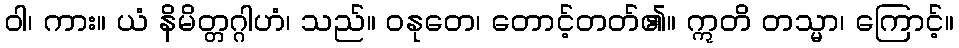
ဝါ၊ ကား။ ယံ နိမိတ္တဂ္ဂါဟံ၊ သည်။ ဝနုတေ၊ တောင့်တတ်၏။ ဣတိ တသ္မာ၊ ကြောင့်။